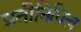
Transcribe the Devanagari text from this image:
प्रतीनिधित्व